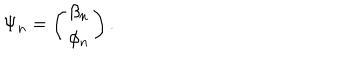
LaTeX: \Psi _ { n } = \left( \begin{array} { c } { { \beta _ { n } } } \\ { { \phi _ { n } } } \\ \end{array} \right) . \nonumber